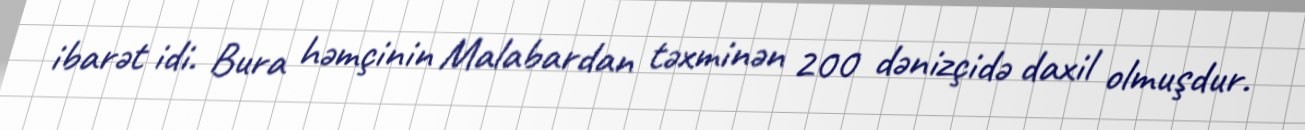
ibarət idi. Bura həmçinin Malabardan təxminən 200 dənizçidə daxil olmuşdur.